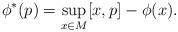
LaTeX: \begin{align*} \phi^*(p) = \sup_{x\in M} [x,p]-\phi(x). \end{align*}